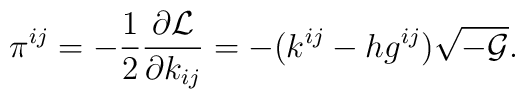
\pi^{ij}= -\frac{1}{2}\frac{\partial {\cal L}}{\partial k_{ij}} =-( k^{ij} -hg^{ij} ) \sqrt{-{\cal G}}.